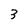
Character: 3